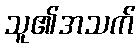
သူ၏အသက်